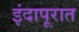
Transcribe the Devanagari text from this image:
इंदापूरात